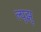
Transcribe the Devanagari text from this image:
ल्युझू